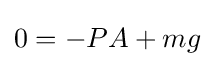
0=-PA+mg